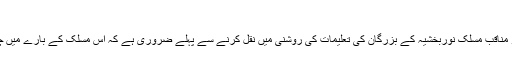
مسلک نوربخشیہ
جناب زہرا کے فضائل و مناقب مسلک نوربخشیہ کے بزرگان کی تعلیمات کی روشنی میں نقل کرنے سے پہلے ضروری ہے کہ اس مسلک کے بارے میں چند مطالب بیان ہوجائے ۔